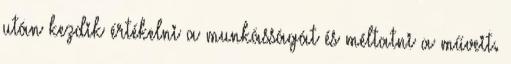
után kezdik értékelni a munkásságát és méltatni a műveit.